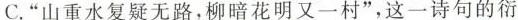
3.C.”山重水复疑无路，柳暗花明又一村”，这一诗句的衍